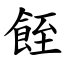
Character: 䬹